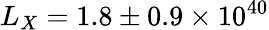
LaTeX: L_{X}=1.8\pm{0.9}\times 10^{40}